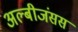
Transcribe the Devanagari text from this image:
अल्बीजंसस